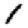
Digit: 1